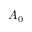
A _ { 0 }